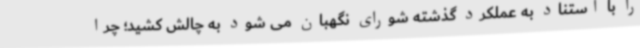
را با استناد به عملکرد گذشته شورای نگهبان می‌ شود به چالش کشید؛ چرا